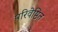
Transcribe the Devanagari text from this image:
परिवेष्ठित